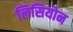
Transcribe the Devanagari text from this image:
लिसियोन